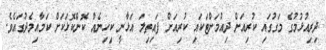
ދިރިއުޅުމުގެ މަގުގައި ކުރިއަށް ދިއުމަށްޓަކައި ކުރިއަށް ފައިތިލަ އަޅާނީ ކިހިނެއް ކޮންކޮޅަކަށް ކަމާއިމެދުގައެވެ.